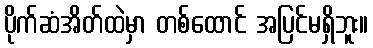
ပိုက်ဆံအိတ်ထဲမှာ တစ်ထောင် အပြင်မရှိဘူး။